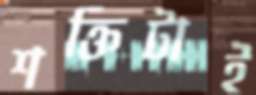
শক্তিটাই